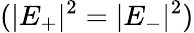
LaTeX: (|E_{+}|^{2}=|E_{-}|^{2})